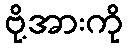
ဗို့အားကို